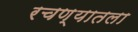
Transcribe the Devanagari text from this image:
रचण्यातला